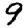
Digit: 9